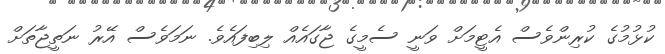
ކުޅުމުގެ ކުރިންވެސް އެޓީމަށް ވަނީ ސެމީގެ ޖާގައެއް ލިބިފައެވެ. ނަމަވެސް އޭރު ނަތީޖާތަށް